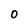
Character: 0